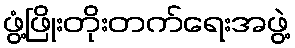
ဖွံ့ဖြိုးတိုးတက်ရေးအဖွဲ့